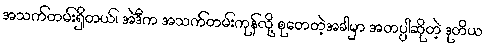
အသက်တမ်းရှိတယ်၊ အဲဒီက အသက်တမ်းကုန်လို့ စုတေတဲ့အခါမှာ အတပ္ပါဆိုတဲ့ ဒုတိယ